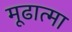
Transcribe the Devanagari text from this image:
मूढात्मा